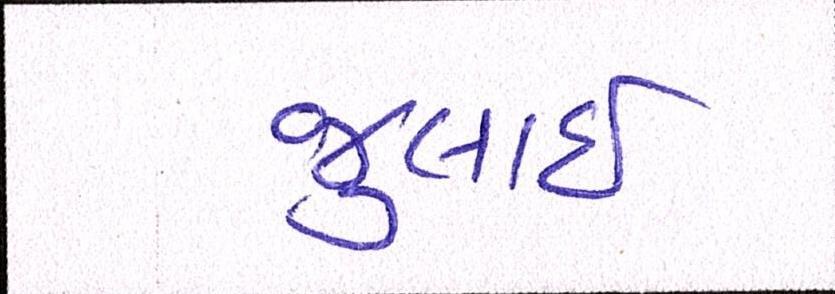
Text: જુલાઇ